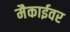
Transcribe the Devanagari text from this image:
मैकाईवर